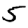
Digit: 5